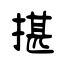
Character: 揕